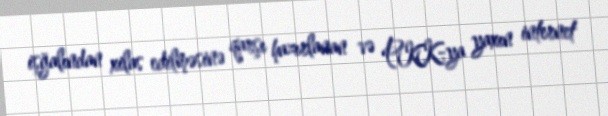
işğalından xilas edilməsinə qarşı hazırlanan və PKK-ya yaxın internet